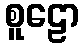
စူဠော